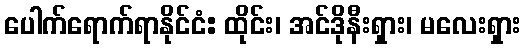
ပေါက်ရောက်ရာနိုင်ငံ: ထိုင်း၊ အင်ဒိုနီးရှား၊ မလေးရှား